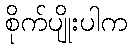
စိုက်ပျိုးပါက